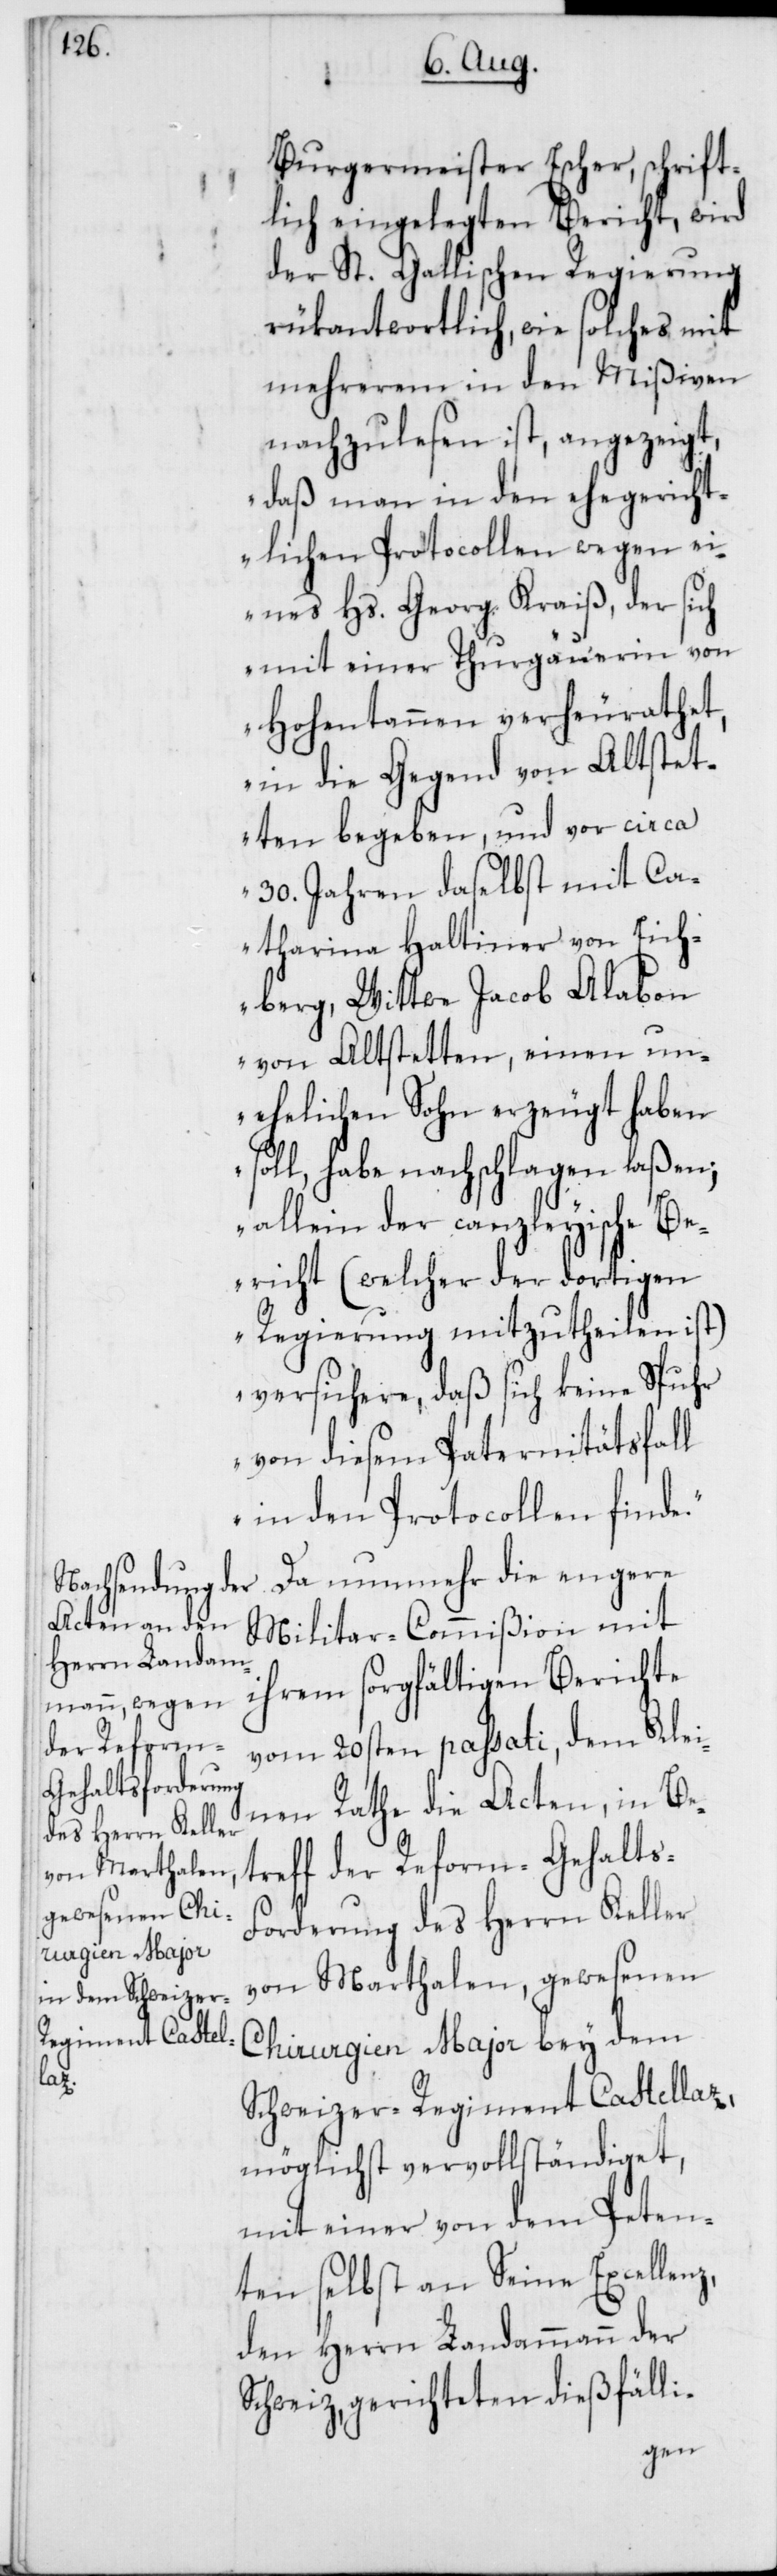
Burgermeister Escher, schrift¬
lich eingelegten Bericht, wird
der St. Gallischen Regierung
rükantwortlich, wie solches mit
mehrerem in den Mißiven
nachzulesen ist, angezeigt,
„daß man in den ehegericht¬
lichen Protocollen wegen ei¬
nes Hs. Georg Kraiß, der sich
mit einer Thurgauerin von
Hohentannen verheurathet,
in die Gegend von Altstet¬
ten begeben, und vor circa
30. Jahren daselbst mit Ca¬
tharina Haltiner von Eich¬
berg, Wittwe Jacob Alabon
von Altstetten, einen un¬
ehelichen Sohn erzeugt haben
soll, habe nachschlagen laßen;
allein der canzleyische Be¬
richt (welcher der dortigen
Regierung mitzutheilen ist)
versichere, daß sich keine Spur
von diesem Paternitätsfall
in den Protocollen finde.“
Da nunmehr die engere
Militar-Commißion mit
ihrem sorgfältigen Berichte
vom 20sten passati, dem Klei¬
nen Rathe die Acten, in Be¬
treff der Reform-Gehalt¬
orderung des Herrn Keller
von Marthalen, gewesenen
Chirugien Major bey dem
s-F¬
Schweizer-Regiment Castellaz,
möglichst vervollständiget,
mit einer von dem Peten¬
ten selbst an Seine Excellenz,
den Herrn Landammann der
Schweiz gerichteten dießfälli-